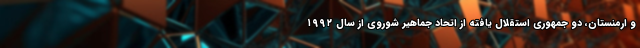
و ارمنستان، دو جمهوری استقلال یافته از اتحاد جماهیر شوروی از سال ۱۹۹۲